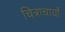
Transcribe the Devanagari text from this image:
चित्राचार्यों